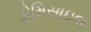
ડોમિસાઇલ